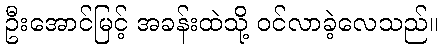
ဦးအောင်မြင့် အခန်းထဲသို့ ဝင်လာခဲ့လေသည်။